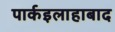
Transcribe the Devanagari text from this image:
पार्कइलाहाबाद